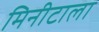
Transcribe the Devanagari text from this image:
मिनीटाला